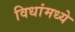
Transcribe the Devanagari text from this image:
विधांमध्ये